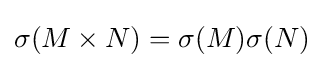
\sigma (M\times N)=\sigma (M)\sigma (N)